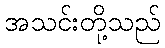
အသင်းတို့သည်